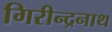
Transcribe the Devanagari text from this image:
गिरीन्द्रनाथ